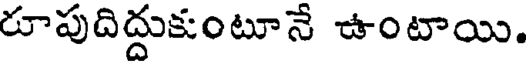
రూపుదిద్దుకుంటూనే ఉంటాయి.